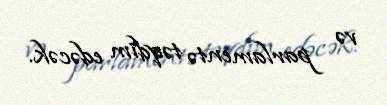
və parlamentə təqdim edəcək.